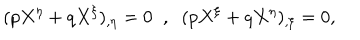
( p X ^ { \eta } + q X ^ { \xi } ) _ { , \eta } = 0 \; \; , \; \; ( p X ^ { \xi } + q X ^ { \eta } ) _ { , \xi } = 0 ,